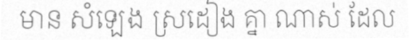
មាន សំឡេង ស្រដៀង គ្នា ណាស់ ដែល